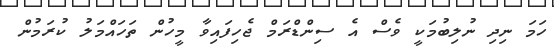
ހަމަ ނިދި ނުލިބުމަކީ ވެސް އެ ސިންޑްރަމް ޖެހިފައިވާ މީހުން ތަހައްމަލު ކުރަމުން